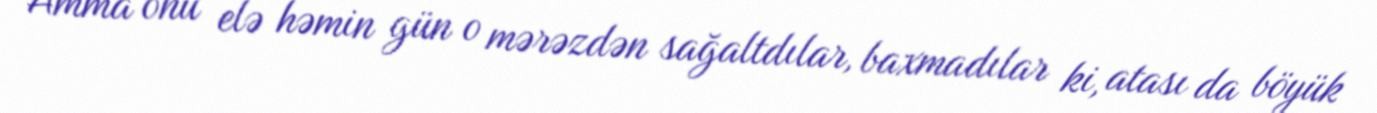
Amma onu elə həmin gün o mərəzdən sağaltdılar, baxmadılar ki, atası da böyük